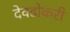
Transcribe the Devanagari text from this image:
देवढोकरी